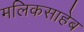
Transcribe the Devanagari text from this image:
मलिकसाहेब